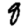
Digit: 8